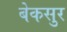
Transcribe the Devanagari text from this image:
बेकसुर